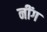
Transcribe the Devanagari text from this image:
नींग